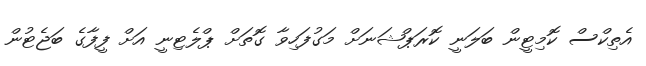
އެތިކްސް ކޮމިޓީން ބަލަނީ ކޮރަޕްޝަނަށް މަގުފަހިވާ ގޮތަށް ޕްލެޓިނީ އަށް ފީފާގެ ބަޖެޓުން